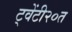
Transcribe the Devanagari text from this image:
ट्वेंटी२०त